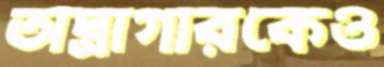
অস্ত্রাগারকেও